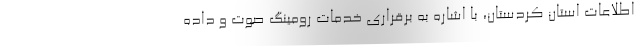
اطلاعات استان کردستان، با اشاره به برقراری خدمات رومینگ صوت و داده